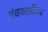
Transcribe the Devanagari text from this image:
पंचकातीलच